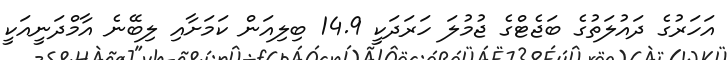
އަހަރުގެ ދައުލަތުގެ ބަޖެޓްގެ ޖުމުލަ ހަރަދަކީ 14.9 ބިލިއަން ކަމަށާއި ލިބޭނެ އާމްދަނީއަކީ